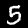
Digit: 5